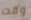
وقت